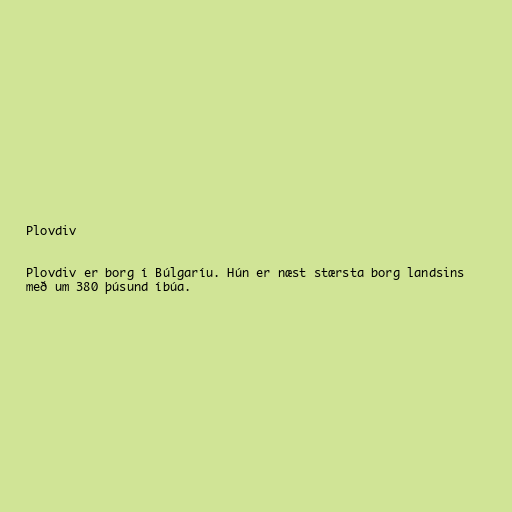
Plovdiv

Plovdiv er borg í Búlgaríu. Hún er næst stærsta borg landsins
með um 380 þúsund íbúa.